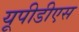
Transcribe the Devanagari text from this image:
यूपीडीएस